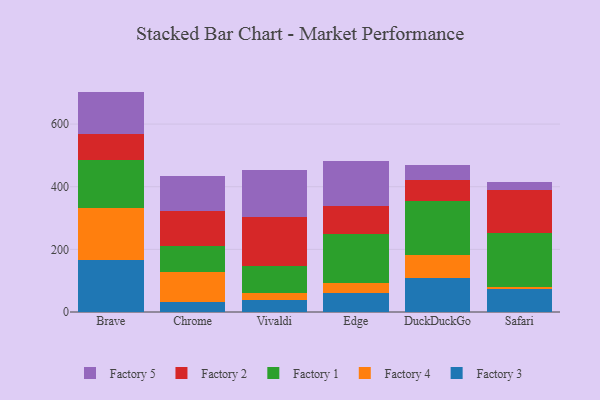
{"axis": {"x": "Browser", "y": "Operating Costs (USD K)"}, "legend": ["Factory 1", "Factory 2", "Factory 3", "Factory 4", "Factory 5"], "data": [{"x": "Brave", "y": 166.5, "type": "Factory 3"}, {"x": "Brave", "y": 165.8, "type": "Factory 4"}, {"x": "Brave", "y": 154.2, "type": "Factory 1"}, {"x": "Brave", "y": 82.4, "type": "Factory 2"}, {"x": "Brave", "y": 134.8, "type": "Factory 5"}, {"x": "Chrome", "y": 31.6, "type": "Factory 3"}, {"x": "Chrome", "y": 97.2, "type": "Factory 4"}, {"x": "Chrome", "y": 82.4, "type": "Factory 1"}, {"x": "Chrome", "y": 112.2, "type": "Factory 2"}, {"x": "Chrome", "y": 112.2, "type": "Factory 5"}, {"x": "Vivaldi", "y": 38.9, "type": "Factory 3"}, {"x": "Vivaldi", "y": 22.7, "type": "Factory 4"}, {"x": "Vivaldi", "y": 84.7, "type": "Factory 1"}, {"x": "Vivaldi", "y": 158.6, "type": "Factory 2"}, {"x": "Vivaldi", "y": 150.0, "type": "Factory 5"}, {"x": "Edge", "y": 61.8, "type": "Factory 3"}, {"x": "Edge", "y": 29.9, "type": "Factory 4"}, {"x": "Edge", "y": 156.3, "type": "Factory 1"}, {"x": "Edge", "y": 91.7, "type": "Factory 2"}, {"x": "Edge", "y": 142.9, "type": "Factory 5"}, {"x": "DuckDuckGo", "y": 109.3, "type": "Factory 3"}, {"x": "DuckDuckGo", "y": 72.2, "type": "Factory 4"}, {"x": "DuckDuckGo", "y": 174.4, "type": "Factory 1"}, {"x": "DuckDuckGo", "y": 64.5, "type": "Factory 2"}, {"x": "DuckDuckGo", "y": 47.7, "type": "Factory 5"}, {"x": "Safari", "y": 74.0, "type": "Factory 3"}, {"x": "Safari", "y": 5.7, "type": "Factory 4"}, {"x": "Safari", "y": 173.7, "type": "Factory 1"}, {"x": "Safari", "y": 137.5, "type": "Factory 2"}, {"x": "Safari", "y": 25.4, "type": "Factory 5"}]}